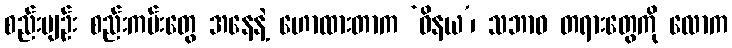
စည်းမျဉ်း စည်းကမ်းတွေ အနေနဲ့ ဟောထားတာက ‘ဝိနယ’၊ သဘာဝ တရားတွေကို လောက